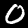
Digit: 0